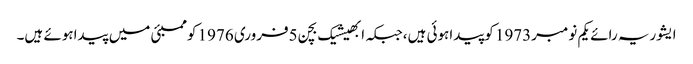
ایشوریہ رائے یکم نومبر1973 کوپیداہوئی ہیں،جبکہ ابھیشیک بچن 5فروری 1976 کوممبئی میں پیداہوئے ہیں۔